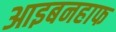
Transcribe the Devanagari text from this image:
आइबनहाफ